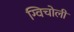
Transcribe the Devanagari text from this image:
ग्विचोली